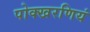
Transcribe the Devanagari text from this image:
पोक्खरणियं